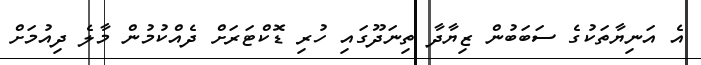
އެ އަނިޔާތަކުގެ ސަބަބުން ޒިޔާދާ ތިނަދޫގައި ހުރި ޑޮކްޓަރަށް ދެއްކުމުން މާލެ ދިއުމަށް